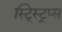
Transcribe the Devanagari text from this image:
स्ट्स्ट्रिप्स